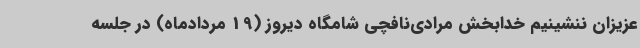
عزیزان ننشینیم خدابخش مرادی‌نافچی شامگاه دیروز (19 مردادماه) در جلسه